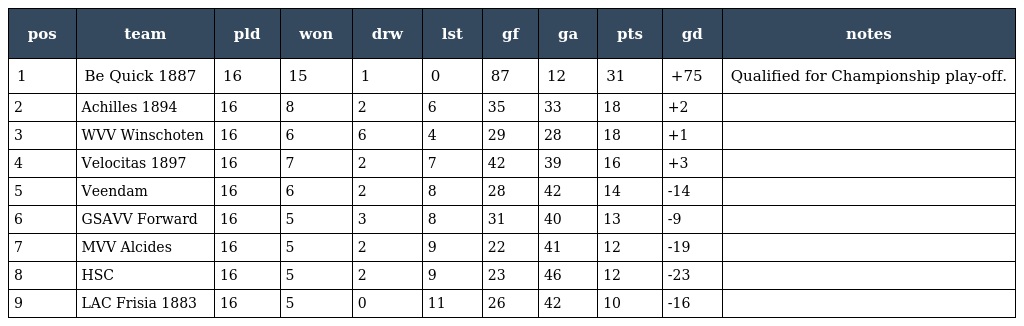
| pos | team | pld | won | drw | lst | gf | ga | pts | gd | notes |
 | --- | --- | --- | --- | --- | --- | --- | --- | --- | --- | --- |
 | 1 | Be Quick 1887 | 16 | 15 | 1 | 0 | 87 | 12 | 31 | +75 | Qualified for Championship play-off. |
 | 2 | Achilles 1894 | 16 | 8 | 2 | 6 | 35 | 33 | 18 | +2 |  |
 | 3 | WVV Winschoten | 16 | 6 | 6 | 4 | 29 | 28 | 18 | +1 |  |
 | 4 | Velocitas 1897 | 16 | 7 | 2 | 7 | 42 | 39 | 16 | +3 |  |
 | 5 | Veendam | 16 | 6 | 2 | 8 | 28 | 42 | 14 | -14 |  |
 | 6 | GSAVV Forward | 16 | 5 | 3 | 8 | 31 | 40 | 13 | -9 |  |
 | 7 | MVV Alcides | 16 | 5 | 2 | 9 | 22 | 41 | 12 | -19 |  |
 | 8 | HSC | 16 | 5 | 2 | 9 | 23 | 46 | 12 | -23 |  |
 | 9 | LAC Frisia 1883 | 16 | 5 | 0 | 11 | 26 | 42 | 10 | -16 |  |